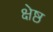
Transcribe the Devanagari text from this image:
क्षेष्ठ